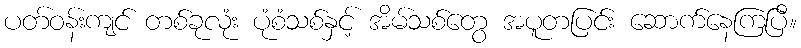
ပတ်ဝန်းကျင် တစ်ခုလုံး ပုံစံသစ်နှင့် အိမ်သစ်တွေ အပူတပြင်း ဆောက်နေကြပြီ။